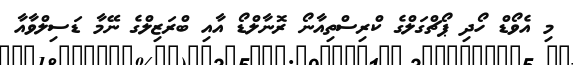
މި އެވޯޑް ހޯދި ޕޯޗްގަލްގެ ކްރިސްތިއާނޯ ރޮނާލްޑޯ އާއި ބްރަޒިލްގެ ނޭމާ ޑަސިލްވާއާ